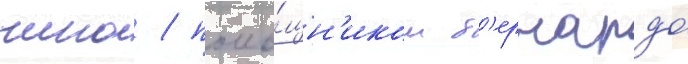
чино / помо́щн'иком б'ернардо